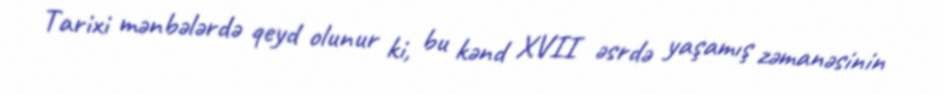
Tarixi mənbələrdə qeyd olunur ki, bu kənd XVII əsrdə yaşamış zəmanəsinin